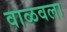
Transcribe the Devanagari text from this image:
वाळवला